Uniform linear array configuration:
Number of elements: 4
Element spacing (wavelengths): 0.75
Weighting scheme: uniform
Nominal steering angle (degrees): -45
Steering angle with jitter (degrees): -46.777
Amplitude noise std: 0.05
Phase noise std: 0.05

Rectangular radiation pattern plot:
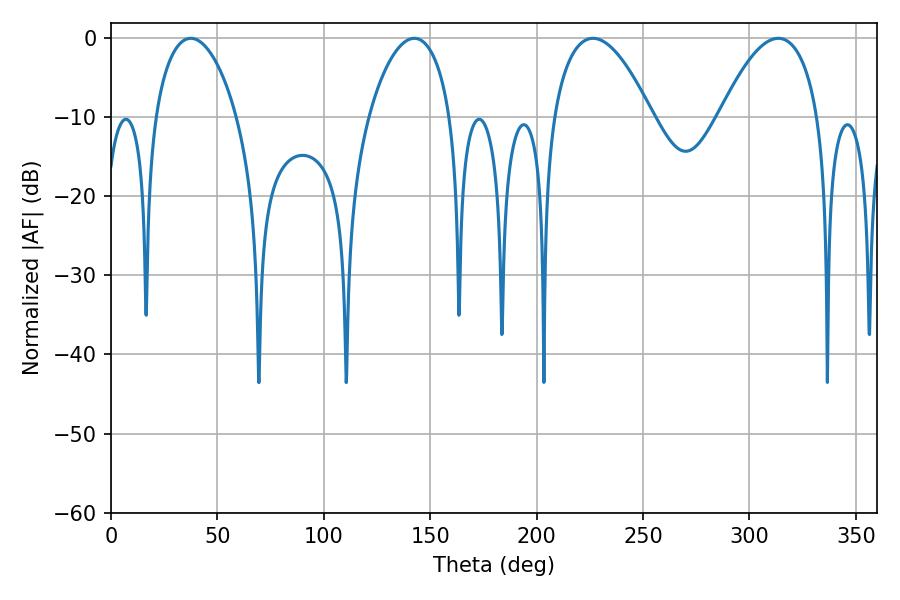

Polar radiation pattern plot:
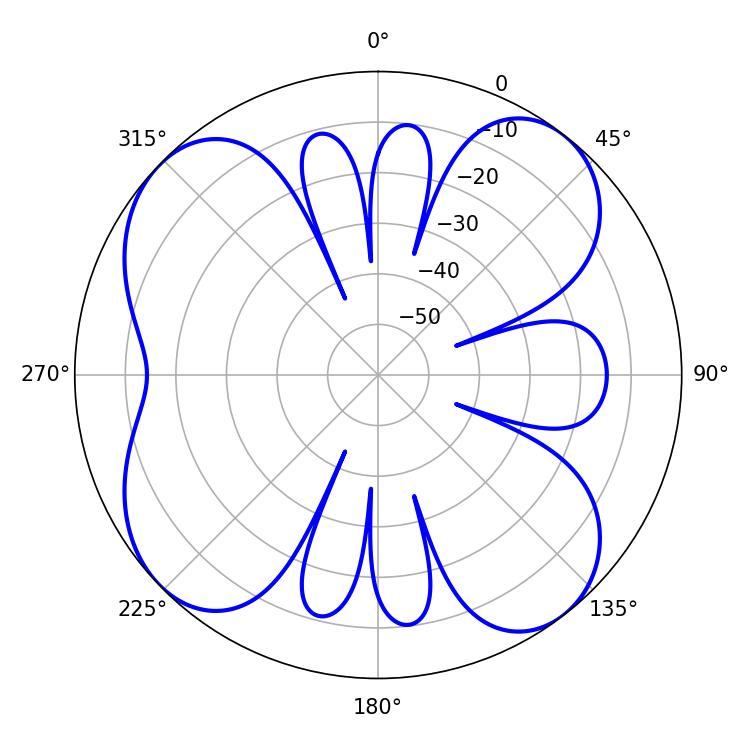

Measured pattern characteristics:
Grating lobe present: TRUE
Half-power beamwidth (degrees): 25.74
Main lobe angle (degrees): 226.44